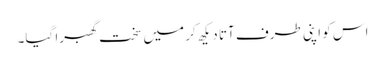
اس کو اپنی طرف آتا دیکھ کر میں سخت گھبرا گیا۔